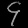
Digit: ၄